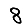
Digit: 8